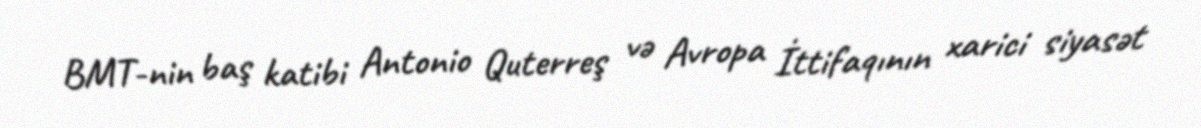
BMT-nin baş katibi Antonio Quterreş və Avropa İttifaqının xarici siyasət